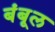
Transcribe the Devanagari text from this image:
बंबूल